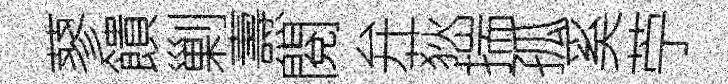
蓼饋剿燾閱弁荻揣孤奚苧